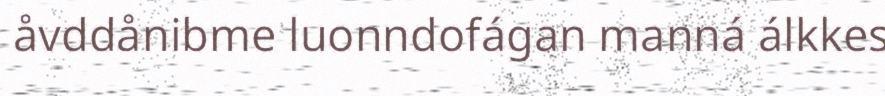
åvddånibme luonndofágan manná álkkes